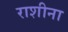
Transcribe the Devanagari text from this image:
राशीना